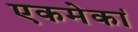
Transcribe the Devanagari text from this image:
एकमेकां